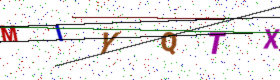
Text: MIYQTX